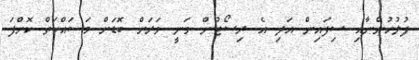
ފުލުހުންނާއި ސިފައިން އަދި އެ ރިސޯޓުން ވަނީ ވަރަށް ބޮޑަށް މަސައްކަތް ކޮށްފަ